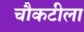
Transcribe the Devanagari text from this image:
चौकटीला